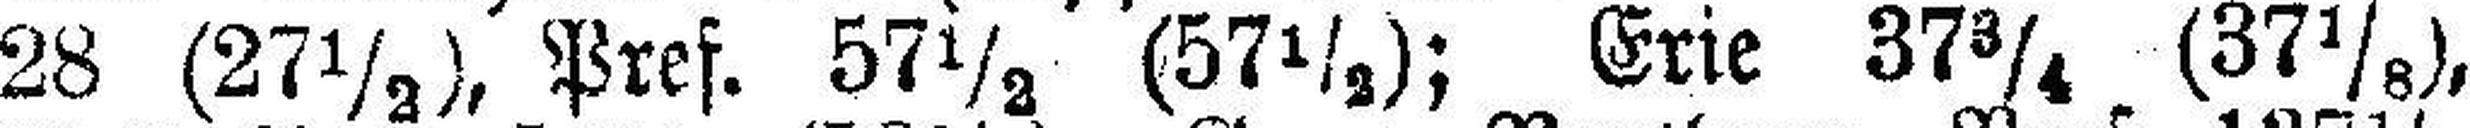
28 (27½), Pref. 57½ (57½); Erie 37¾ (37⅛),